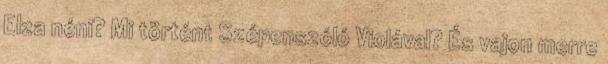
Elza néni? Mi történt Szépenszóló Violával? És vajon merre